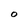
Character: O